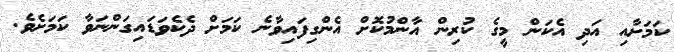
ކަމަށާއި އަދި އެކަން މީގެ ކުރިން އާންމުކޮށް އެންގިފައިވާނެ ކަމަށް ދެކެވަޑައިގަންނަވާ ކަަމަށެވެ.